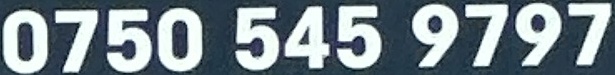
0750 545 9797